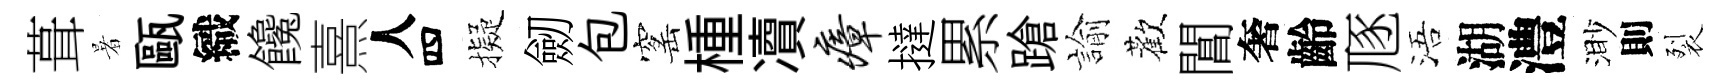
葺暑甌織饞熹人四擬劒包窰㮔凟瘴撻累蹌諭歡閶奢齡豗浯湖澧渺則裂